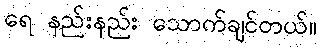
ရေ နည်းနည်း သောက်ချင်တယ်။